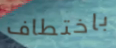
باختطاف